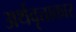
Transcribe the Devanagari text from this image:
अर्थवृत्ताकार